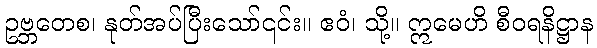
ဥဗ္ဘတေစ၊ နုတ်အပ်ပြီးသော်၎င်း။ ဧဝံ၊ သို့။ ဣမေဟိ စီဝရနိဋ္ဌာန